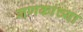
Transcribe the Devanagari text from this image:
गणकांच्या